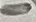
Text: -